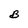
Character: B